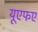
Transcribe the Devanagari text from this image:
यूएफए